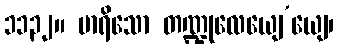
၁၁၃၂။ မာရိသော တဏ္ဍုလေယျေ’ယျေ၊